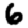
Digit: 6